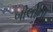
બીલીના